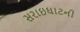
સરાઇઘાટની